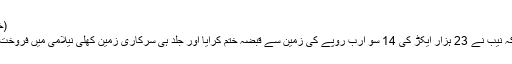
(خبر جاری ہے)
انہوں نے کہا کہ نیب نے 23 ہزار ایکڑ کی 14 سو ارب روپے کی زمین سے قبضہ ختم کرایا اور جلد ہی سرکاری زمین کھلی نیلامی میں فروخت کی جائے گی۔